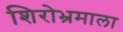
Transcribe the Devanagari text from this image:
शिरोभ्रमाला